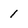
Character: 1